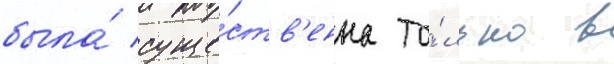
была́ суще́ств'енна то́лько в